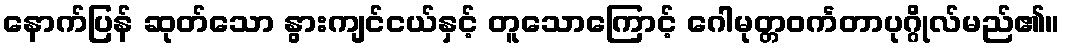
နောက်ပြန် ဆုတ်သော နွားကျင်ငယ်နှင့် တူသောကြောင့် ဂေါမုတ္တဝင်္ကတာပုဂ္ဂိုလ်မည်၏။